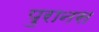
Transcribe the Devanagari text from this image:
पुरानस